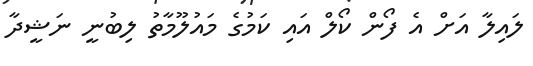
ލައިލާ އަށް އެ ފޯން ކޯލް އައި ކަމުގެ މައުލޫމާތު ލިބުނީ ނަޝީދާ